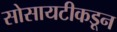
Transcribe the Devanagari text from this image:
सोसायटीकडून